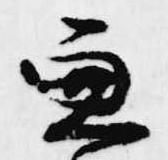
兼